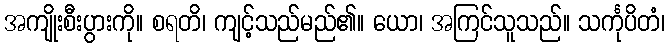
အကျိုးစီးပွားကို။ စရတိ၊ ကျင့်သည်မည်၏။ ယော၊ အကြင်သူသည်။ သင်္ကုပိတံ၊